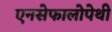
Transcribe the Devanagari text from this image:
एनसेफालोपेथी